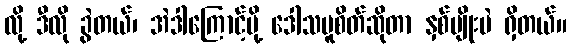
လို့ ဒီလို ခွဲတယ်၊ အဲဒါကြောင့်မို့ ဒေါသမူစိတ်ဆိုတာ နှစ်မျိုးပဲ ရှိတယ်။